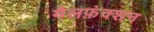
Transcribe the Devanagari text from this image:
मैलफ़ंक्शन